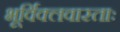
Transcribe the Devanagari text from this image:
भूर्विक्लवास्ताः